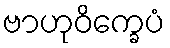
ဗာဟုဝိက္ခေပံ